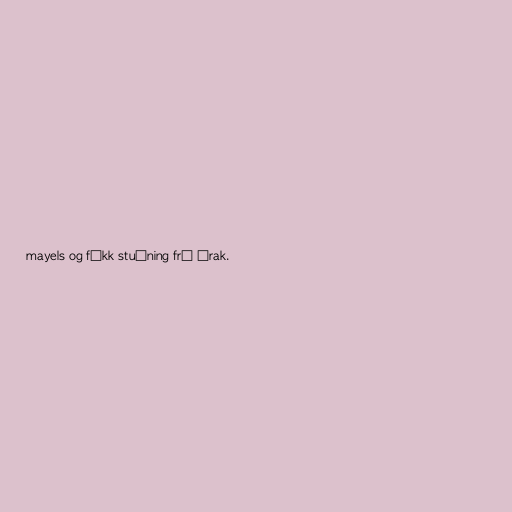
mayels og fékk stuðning frá Írak.